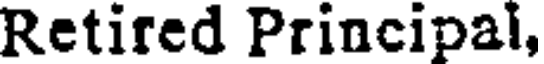
Retired Principal,